Mental hospitals Bombay report 1921-28 - 1921-1928
Year: 1921
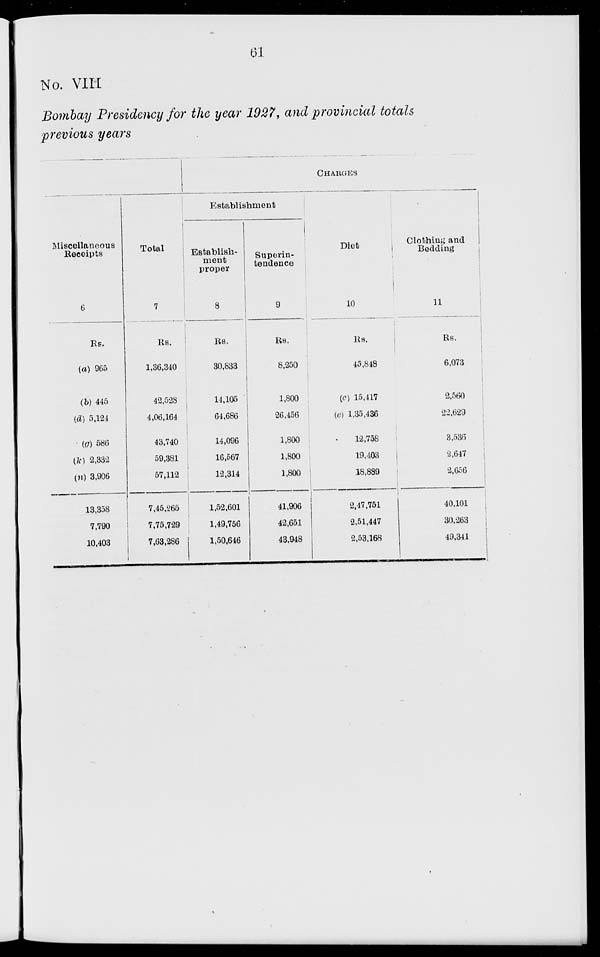
61
No. VIII
Bombay Presidency for the year 1927, and provincial totals
previous years
Miscellaneous
Receipts
6
Rs.
(a) 965
(b) 445
(d) 5,121
(g) 586
(k) 2,332
(n) 3,906
13,358
7,790
10,403
Total
7
Rs.
1,36,340
42,528
4,06,164
43,740
59,381
57,112
7,45,265
7,75,729
7,63,286
CHARGES
Establishment
Establish-
ment
proper
8
Rs.
30,833
14,105
64,686
14,096
16,567
12,314
1,52,601
1,49,756
1,50,646
Superin-
tendence
9
Rs.
8,250
1,800
26,456
1,800
1,800
1,800
41,906
42,651
43,948
Diet
10
Rs.
45,818
(c) 15,417
(e) 1,35,436
12,758
19,403
18,889
2,47,751
2,51,447
2,53,168
Clothing and
Bedding
11
Rs.
6,073
2,560
22,629
3,536
2,647
2,656
40,101
30,263
49,341